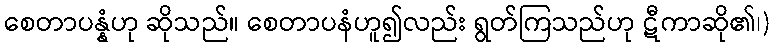
စေတာပန္နံဟု ဆိုသည်။ စေတာပနံဟူ၍လည်း ရွတ်ကြသည်ဟု ဋီကာဆို၏၊)